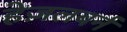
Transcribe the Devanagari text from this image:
हेज़लबर्न